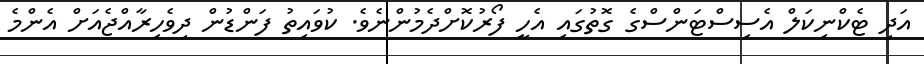
އަދި ޓެކްނިކަލް އެސިސްޓަންސްގެ ގޮތުގައި އެހީ ފޯރުކޮށްދެމުންނެވެ. ކުވައިތު ފަންޑުން ދިވެހިރާއްޖެއަށް އެންމެ